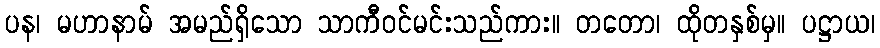
ပန၊ မဟာနာမ် အမည်ရှိသော သာကီဝင်မင်းသည်ကား။ တတော၊ ထိုတနှစ်မှ။ ပဋ္ဌာယ၊